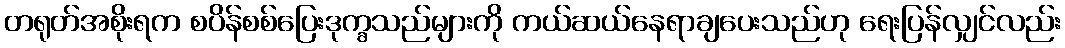
တရုတ်အစိုးရက စပိန်စစ်ပြေးဒုက္ခသည်များကို ကယ်ဆယ်နေရာချပေးသည်ဟု ရေးပြန်လျှင်လည်း